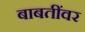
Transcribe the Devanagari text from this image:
बाबतींवर